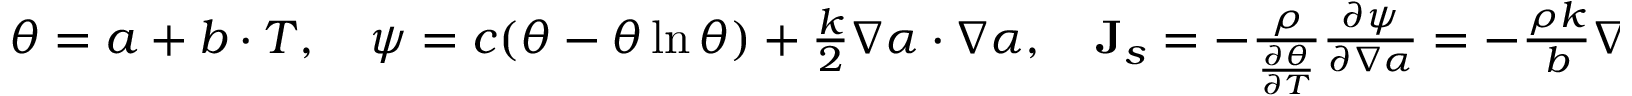
\begin{array} { r } { \theta = a + b \cdot T , \quad \psi = c ( \theta - \theta \ln \theta ) + \frac { k } { 2 } \nabla \alpha \cdot \nabla \alpha , \quad \mathbf { J } _ { s } = - \frac { \rho } { \frac { \partial \theta } { \partial T } } \frac { \partial \psi } { \partial \nabla \alpha } = - \frac { \rho k } { b } \nabla \alpha , } \end{array}